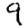
Digit: 9